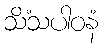
သိံသပါဝနံ